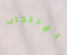
الإنتخاب